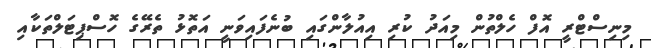
މިނިސްޓްރީ އޮފް ހެލްތުން މިއަދު ކުރި އިއުލާންގައި ބުނެފައިވަނީ އަތޮޅު ތެރޭގެ ހޮސްޕިޓަލްތަކާއި